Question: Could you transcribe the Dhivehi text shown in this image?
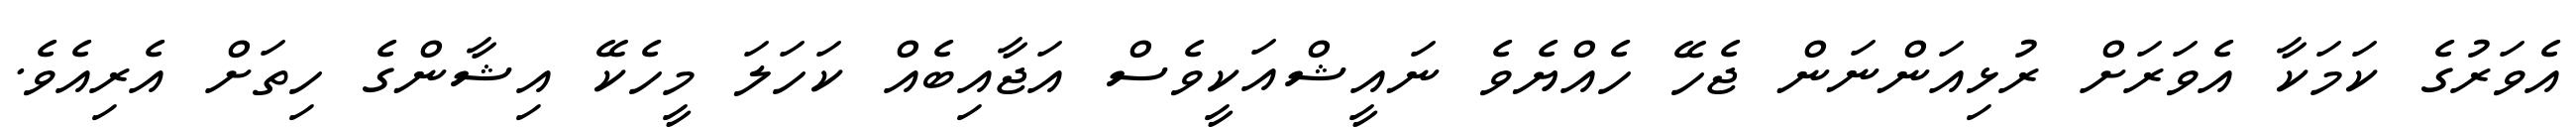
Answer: އެވަރުގެ ކަމަކާ އެވަރަށް ރުޅިއަންނަން ޖެހޭ ހެއްޔެވެ ނައީޝްއަކީވެސް އަޖާއިބެއް ކަހަލަ މީހެކޭ އިޝާންގެ ހިތަށް އެރިއެވެ.